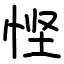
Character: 悭